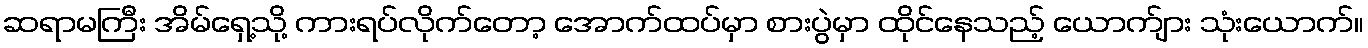
ဆရာမကြီး အိမ်ရှေ့သို့ ကားရပ်လိုက်တော့ အောက်ထပ်မှာ စားပွဲမှာ ထိုင်နေသည့် ယောက်ျား သုံးယောက်။